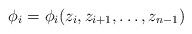
LaTeX: \begin{align*}\phi_i=\phi_i(z_i,z_{i+1},\ldots,z_{n-1})\end{align*}